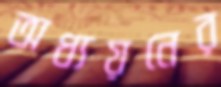
অধ্যয়নের